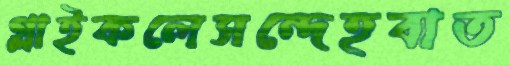
গ্লাইকলেসন্দেহবাত